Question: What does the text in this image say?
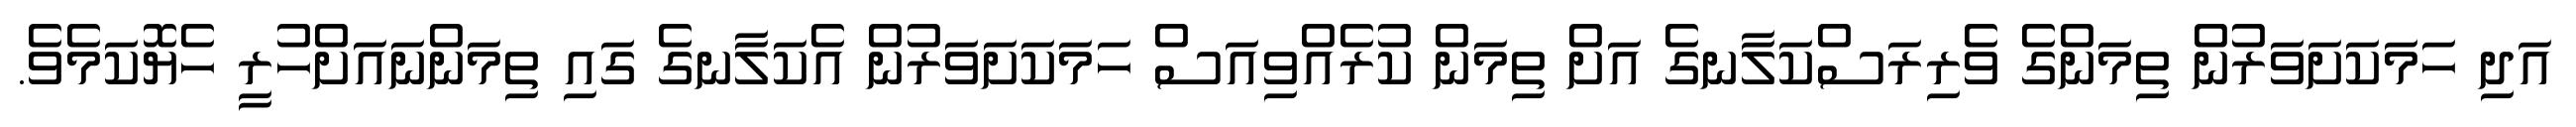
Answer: އަދި ހަމަކަށަވަރުން ތިމަންގެ ވެރިރަސްކަލާނގެ އަށް ތިމަން ކުރެއްވިއަސް ހަމަކަށަވަރުން އެކަލާނގެ ގައި ތިމަންނައަށްހުރީ ހެޔޮކަމެވެ.